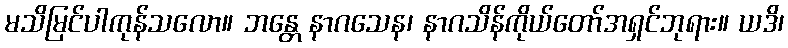
မသိမြင်ပါကုန်သလော။ ဘန္တေ နာဂသေန၊ နာဂသိန်ကိုယ်တော်အရှင်ဘုရား။ ယဒိ၊